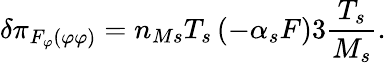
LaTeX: \delta\pi_{F_{\varphi}\left(\varphi\varphi\right)}=n_{Ms}T_{s}\left(-\alpha_{s}F\right)3\frac{T_{s}}{M_{s}}.